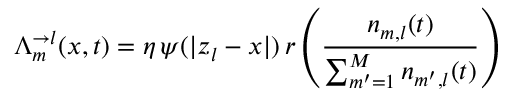
\Lambda _ { m } ^ { \rightarrow l } ( x , t ) = \eta \, \psi ( | z _ { l } - x | ) \, r \left( \frac { n _ { m , l } ( t ) } { \sum _ { m ^ { \prime } = 1 } ^ { M } n _ { m ^ { \prime } , l } ( t ) } \right)